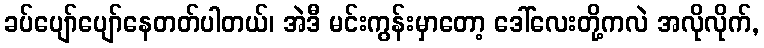
ခပ်ပျော်ပျော်နေတတ်ပါတယ်၊ အဲဒီ မင်းကွန်းမှာတော့ ဒေါ်လေးတို့ကလဲ အလိုလိုက်,